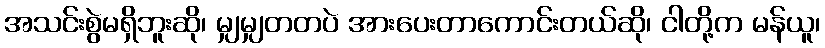
အသင်းစွဲမရှိဘူးဆို၊ မျှမျှတတပဲ အားပေးတာကောင်းတယ်ဆို၊ ငါတို့က မန်ယူ၊